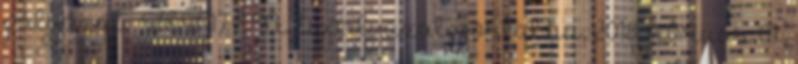
pályázat TÉT 17 CN Eupalyazatiportal.hu, 2018. február 01.,